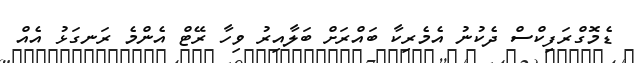
ޑެމޮގްރަފިކްސް ދެކުނު އެމެރިކާ ބައްރަށް ބަލާއިރު ވިހާ ރޭޓް އެންމެ ރަނގަޅު އެއް